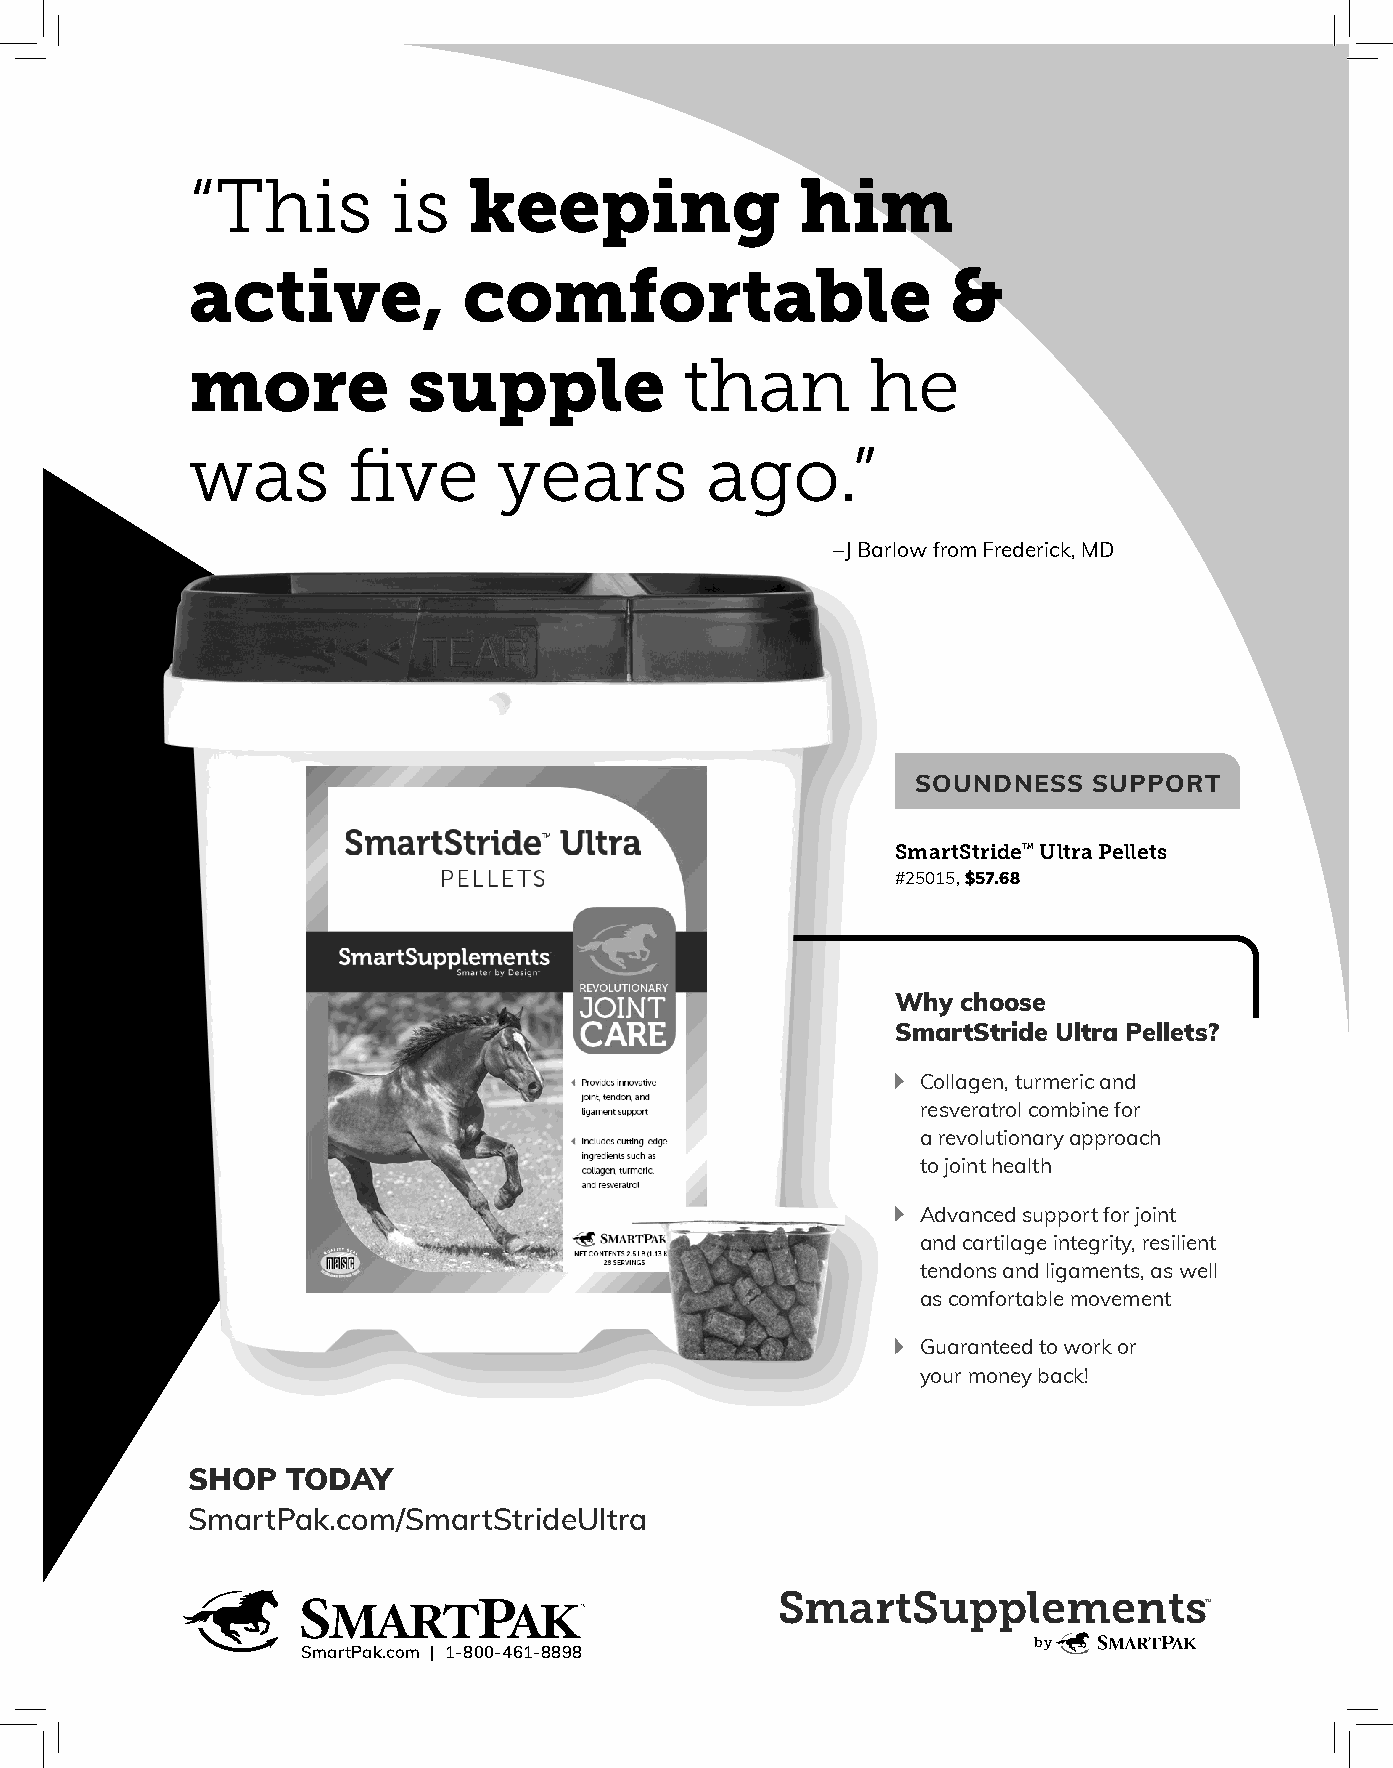
“This        is   keeping               him
 active,           comfortable                     &
 more          supple            than         he
 was       five      years         ago.”
 – J Barlow from Frederick, MD
 SOUNDNESS  SUPPORT
 SmartStride™ Ultra Pellets
 #25015, $57.68
 Why  choose
 SmartStride Ultra Pellets?
 Collagen, turmeric and
 resveratrol combine for
 a revolutionary approach
 to joint health
 Advanced support for joint
 and cartilage integrity, resilient
 tendons and ligaments, as well
 as comfortable movement
 Guaranteed to work or
 your money back!
 SHOP   TODAY
 SmartPak.com/SmartStrideUltra
 SmartSupplements
 ™
 by
 SmartPak.com | 1-800-461-8898